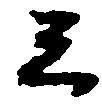
云